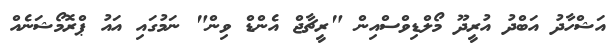
އަޝްހާދު އަބްދު އުރީދޫ މޯލްޑިވްސްއިން "ރީޗާޖް އެންޑް ވިން" ނަމުގައި އައު ޕްރޮމޯޝަނެއް